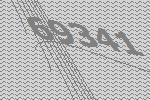
69341